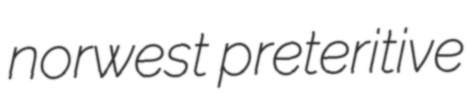
norwest preteritive